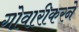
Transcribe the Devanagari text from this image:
गोवारीकरने